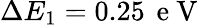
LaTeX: \Delta E_{1}=0.25\, \mathrm{~e~V~}